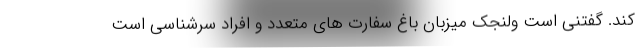
کند. گفتنی است ولنجک میزبان باغ سفارت های متعدد و افراد سرشناسی است